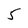
Character: 5